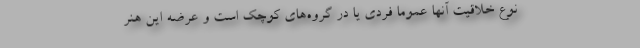
نوع خلاقیت آنها عموما فردی یا در گروه‌های کوچک است و عرضه این هنر